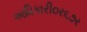
અધિકારી૦ર૬૭ર